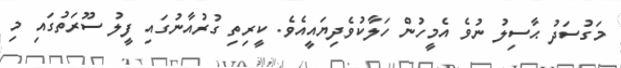
މަގުސަދު ޙާސިލު ނުވެ އެމީހުން ހަލާކުވެދިޔައީއެވެ. ކީރިތި ގުރުއާނުގައި ފީލު ސޫރަތުގައި މި